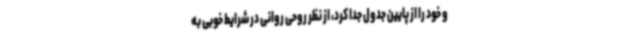
و خود را از پایین جدول جدا کرد، از نظر روحی روانی در شرایط خوبی به